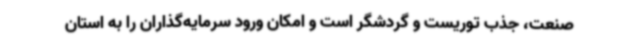
صنعت، جذب توریست و گردشگر است و امکان ورود سرمایه‌گذاران را به استان